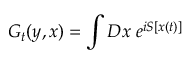
G _ { t } ( y , x ) = \int { \cal D } x \; e ^ { i S [ x ( t ) ] }